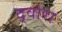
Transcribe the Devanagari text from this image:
द्वारा